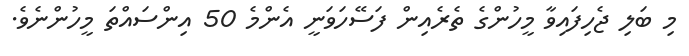
މި ބަލި ޖެހިފައިވާ މީހުންގެ ތެރެއިން ފަސޭހަވަނީ އެންމެ 50 އިންސައްތަ މީހުންނެވެ.